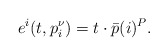
\begin{align*}e^i(t, p^\nu_i) = t \cdot \bar p(i)^P.\end{align*}